Annual report of the Imperial Bacteriologist
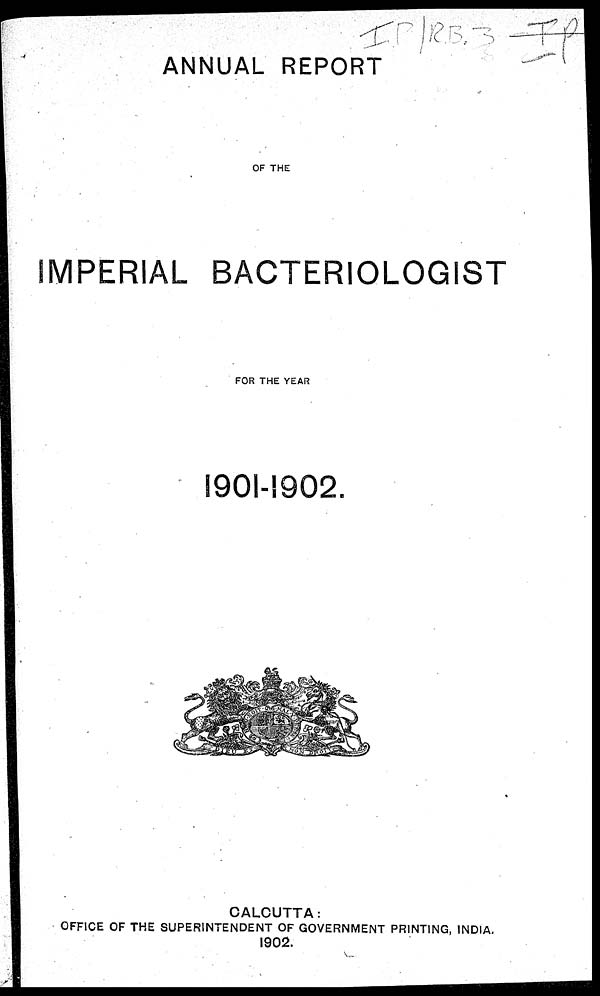
ANNUAL REPORT
OF THE
IMPERIAL BACTERIOLOGIST
FOR THE YEAR
1901-1902.
CALCUTTA:
OFFICE OF THE SUPERINTENDENT OF GOVERNMENT PRINTING, INDIA.
1902.